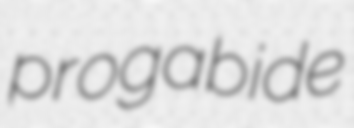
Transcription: progabide